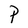
Character: P